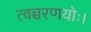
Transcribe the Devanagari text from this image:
त्वच्चरणयोः।